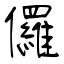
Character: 儸